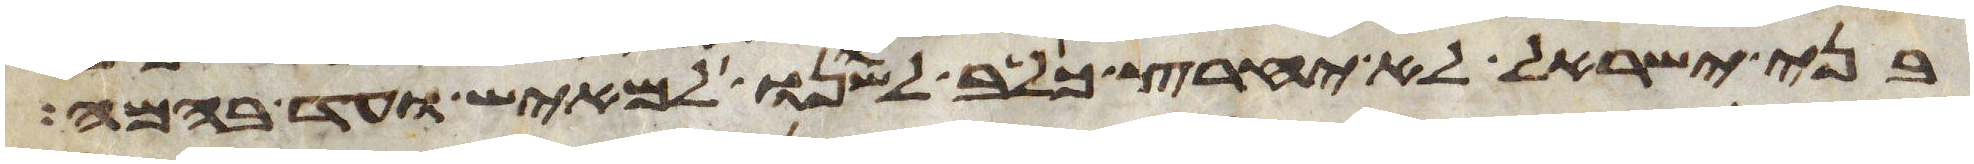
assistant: בני ישראל לא יחרץ כלב לשנו למאיש ועד בהמה